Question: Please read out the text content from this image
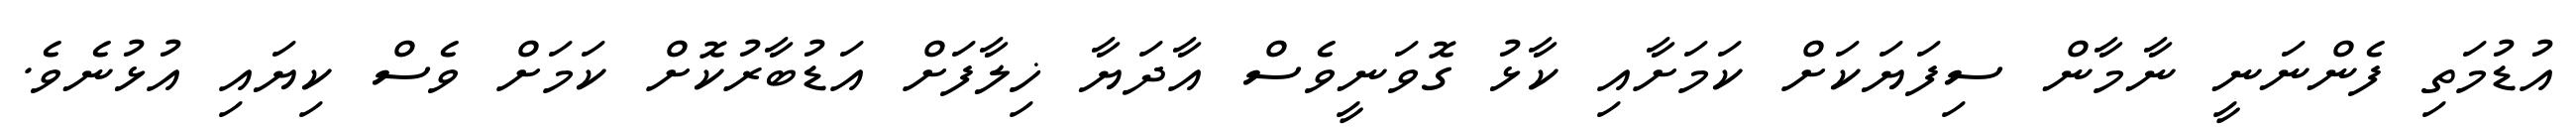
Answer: އުޑުމަތި ފެންނަނީ ނާމާން ސިފަޔަކަށް ކަމަށާއި ކާޅު ގޮވަނީވެސް އާދަޔާ ޚިލާފަށް އަޑުބާރުކޮށް ކަމަށް ވެސް ކިޔައި އުޅުނެވެ.